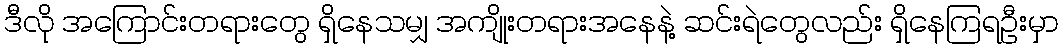
ဒီလို အကြောင်းတရားတွေ ရှိနေသမျှ အကျိုးတရားအနေနဲ့ ဆင်းရဲတွေလည်း ရှိနေကြရဦးမှာ